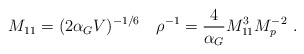
\begin{align*}M_{11}=(2\alpha_G V)^{-1/6}\quad\rho^{-1}= {4\over\alpha_G}M_{11}^{3}M_p^{-2}\ .\end{align*}